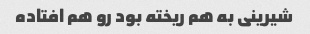
شیرینی به هم ریخته بود رو هم افتاده